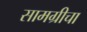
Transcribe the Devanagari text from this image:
सामग्रीचा